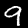
Label: 9